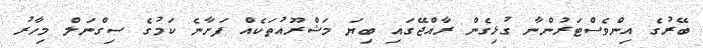
ބޭރުގެ އިންވެސްޓަރުންނާ ގުޅިގެން ރާއްޖޭގައި ބިޔަ މަޝްރޫއުތަކެއް ފަށާނެ ކަމުގެ ސިގްނަލް މިހާރު